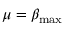
\mu = \beta _ { \mathrm { m a x } }